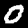
Label: 0